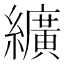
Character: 纊